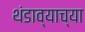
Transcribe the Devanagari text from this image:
थंडाव्याच्या